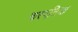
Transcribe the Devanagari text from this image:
चरपतिया